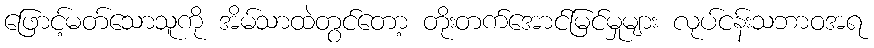
ဖြောင့်မတ်သောသူကို အိမ်သာထဲတွင်တော့ တိုးတက်အောင်မြင်မှုများ လုပ်ငန်းသဘာဝအရ